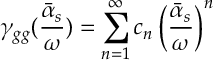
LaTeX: \gamma _ { g g } ( { \frac { \bar { \alpha } _ { s } } { \omega } } ) = \sum _ { n = 1 } ^ { \infty } c _ { n } \left( { \frac { \bar { \alpha } _ { s } } { \omega } } \right) ^ { n }